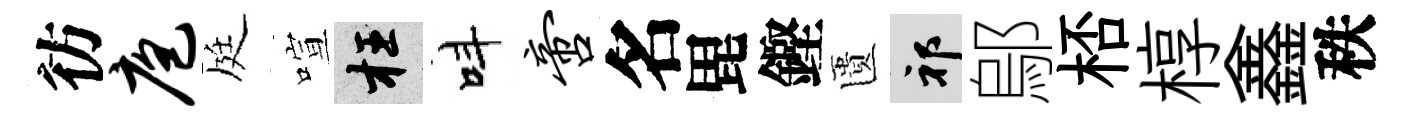
彷庖庭喧枉呌啻名毘鏗匱祁鄔桮椁鑫秩